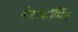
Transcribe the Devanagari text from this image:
मेटाफॉर्मिन